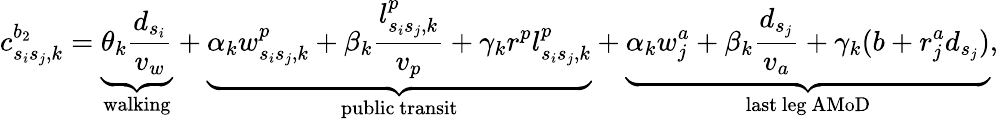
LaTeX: c_{s_{i}s_{j},k}^{b_{2}}=\underbrace{\theta_{k}\frac{d_{s_{i}}}{v_{w}}}_{\mathrm{walking}}+\underbrace{\alpha_{k}w_{s_{i}s_{j},k}^{p}+\beta_{k}\frac{l_{s_{i}s_{j},k}^{p}}{v_{p}}+\gamma_{k}r^{p}l_{s_{i}s_{j},k}^{p}}_{\mathrm{public~transit}}+\underbrace{\alpha_{k}w_{j}^{a}+\beta_{k}\frac{d_{s_{j}}}{v_{a}}+\gamma_{k}(b+r_{j}^{a}d_{s_{j}})}_{\mathrm{last~leg~AMoD}},